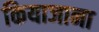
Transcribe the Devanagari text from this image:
कियाजाना